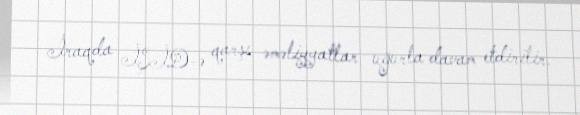
İraqda İŞİD-ə qarşı əməliyyatlar uğurla davam etdirilir.